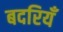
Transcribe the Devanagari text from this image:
बदरियँ